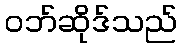
ဝဘ်ဆိုဒ်သည်